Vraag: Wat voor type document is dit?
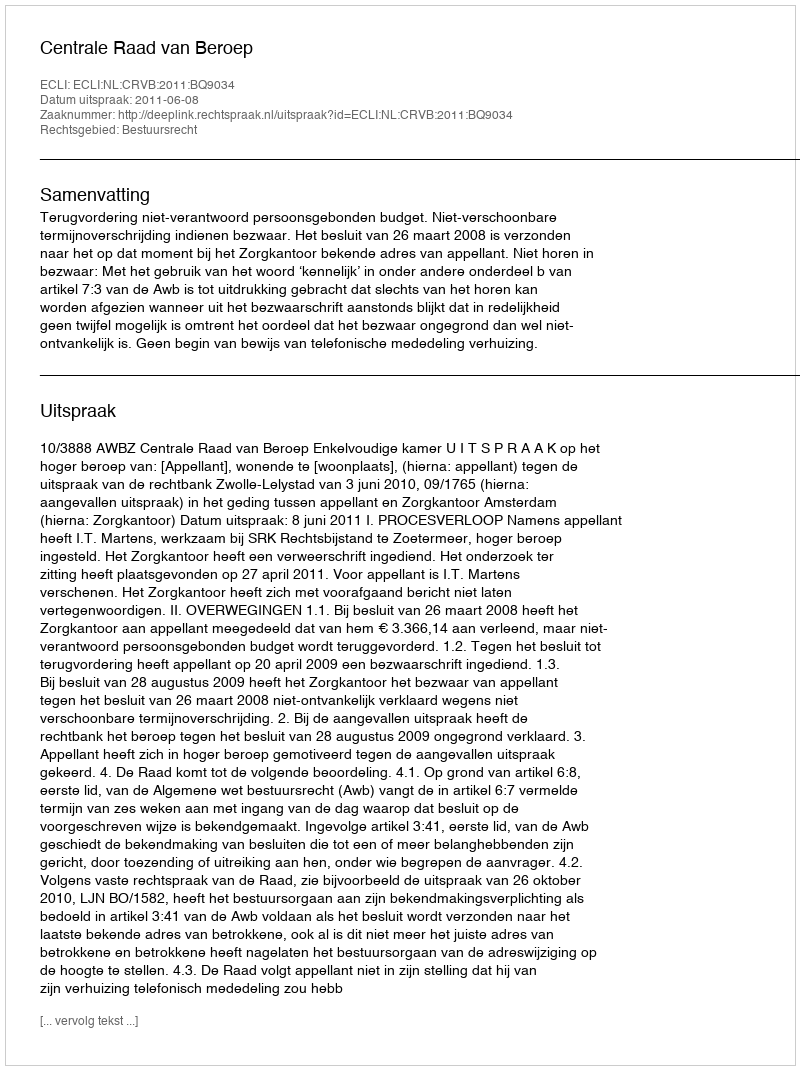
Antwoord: Uitspraak